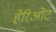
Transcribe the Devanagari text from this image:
हेरिओट